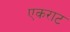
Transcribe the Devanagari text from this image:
एकराट